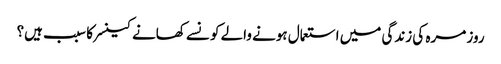
روز مرہ کی زندگی میں استعمال ہونے والے کونسے کھانے کینسر کا سبب ہیں؟